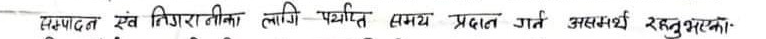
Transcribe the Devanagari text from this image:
सम्पादन एवं निगरानीका लागि पर्याप्त समय प्रदान गर्न असमर्थ रहनुभएका।